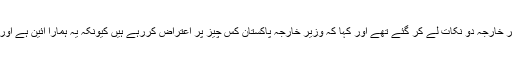
بھارتی وزیر خارجہ کے دورہ چین کے حوالے سے ان کا کہنا تھا کہ ‘بھارتی وزیر خارجہ دو نکات لے کر گئے تھے اور کہا کہ وزیر خارجہ پاکستان کس چیز پر اعتراض کررہے ہیں کیونکہ یہ ہمارا آئین ہے اور ہماری شقیں ہیں، جن میں ہم نے ترمیم کی ہے تو پاکستان کیوں سیخ پا ہورہا ہے’۔